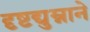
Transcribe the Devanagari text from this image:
दृष्टद्युम्नाने